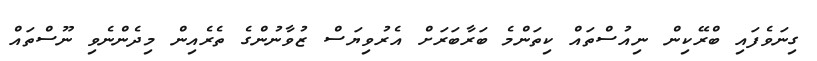
ގިނަވެފައި ބްރޭކިން ނިއުސްތައް ކިތަންމެ ބަރާބަރަށް އެރުވިޔަސް ޒުވާނުންގެ ތެރެއިން މިދެންނެވި ނޫސްތައް